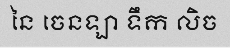
នៃ ចេនឡា ទឹក លិច